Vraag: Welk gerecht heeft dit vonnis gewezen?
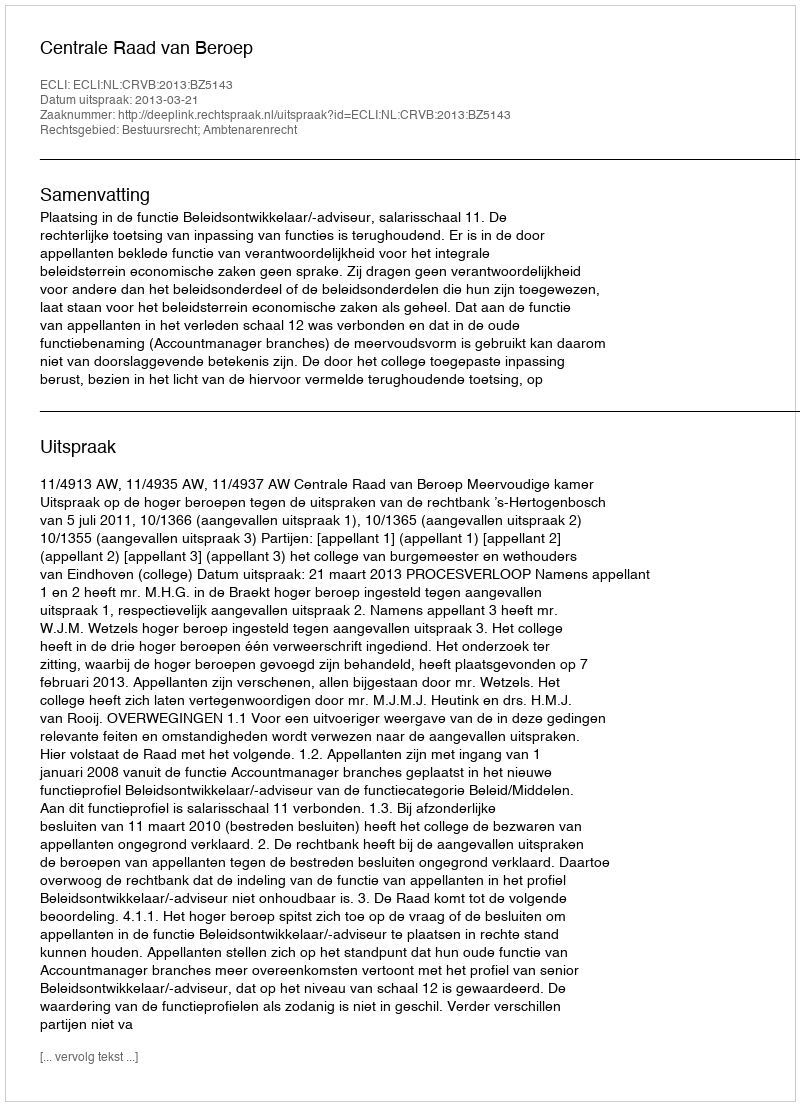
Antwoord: Centrale Raad van Beroep